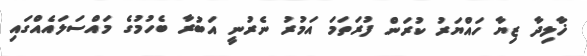
ޚާލިދާ ޒިޔާ ހައްޔަރު ކުރަން ފުރަތަމަ އަމުރު ނެރުނީ އަބުރާ ބެހުމުގެ މައްސަލައެއްގައި